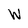
Character: W